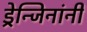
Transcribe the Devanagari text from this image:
ड्रेन्जिनांनी